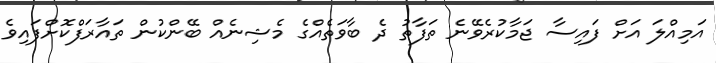
އަމިއްލަ އަށް ފައިސާ ޖަމާކުރެވޭނެ ތަފާތު ދެ ބާވަތެއްގެ މެޝިނެއް ބޭންކުން ތައާރަފްކޮށްފައިވެ